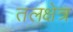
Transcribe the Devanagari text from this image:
तलक्षेत्र